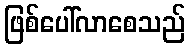
ဖြစ်ပေါ်လာစေသည်